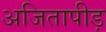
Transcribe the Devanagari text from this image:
अजितापीड़